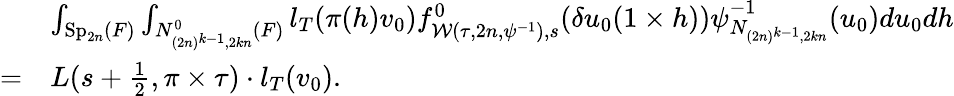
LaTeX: \begin{array}{rl}&{\int_{\mathrm{Sp}_{2n}(F)}\int_{N_{(2n)^{k-1},2kn}^{0}(F)}l_{T}(\pi(h)v_{0})f_{\mathcal{W}(\tau,2n,\psi^{-1}),s}^{0}(\delta u_{0}(1\times h))\psi_{N_{(2n)^{k-1},2kn}}^{-1}(u_{0})du_{0}dh}\\ {=}&{L(s+\frac{1}{2},\pi\times\tau)\cdot l_{T}(v_{0}).}\end{array}